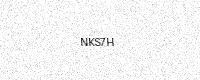
Text: NKS7H